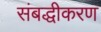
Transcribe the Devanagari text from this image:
संबद्धीकरण